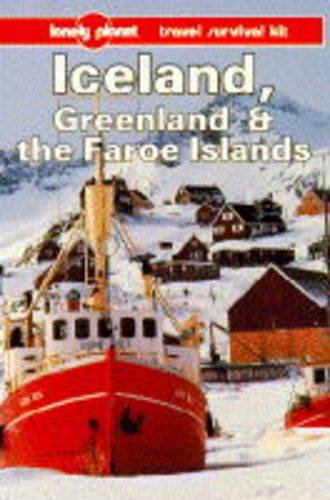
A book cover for Lonely Planet Iceland Greenland and the Faroe Islands: A Travel Survival Kit; Deanna Swaney; Travel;